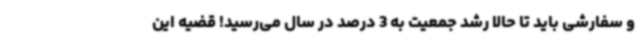
و سفارشی باید تا حالا رشد جمعیت به 3 درصد در سال می‌رسید! قضیه این